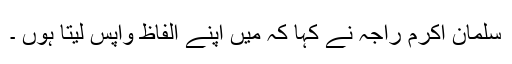
سلمان اکرم راجہ نے کہا کہ میں اپنے الفاظ واپس لیتا ہوں ۔